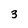
Character: 3